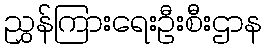
ညွှန်ကြားရေးဦးစီးဌာန